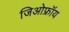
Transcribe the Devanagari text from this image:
जिओफ्रॉय